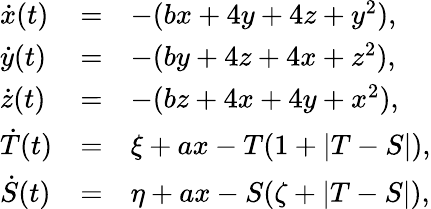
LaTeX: \begin{array}{lcl}{\dot{x}(t)}&{=}&{-(bx+4y+4z+y^{2}),}\\ {\dot{y}(t)}&{=}&{-(by+4z+4x+z^{2}),}\\ {\dot{z}(t)}&{=}&{-(bz+4x+4y+x^{2}),}\\ {\dot{T}(t)}&{=}&{\xi+ax-T(1+|T-S|),}\\ {\dot{S}(t)}&{=}&{\eta+ax-S(\zeta+|T-S|),}\end{array}